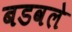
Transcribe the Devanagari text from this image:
बडवले